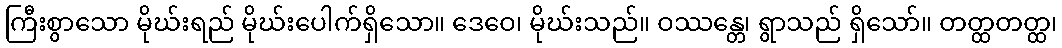
ကြီးစွာသော မိုဃ်းရည် မိုဃ်းပေါက်ရှိသော။ ဒေဝေ၊ မိုဃ်းသည်။ ဝဿန္တေ၊ ရွာသည် ရှိသော်။ တတ္ထတတ္ထ၊